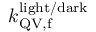
k _ { \mathrm { Q V , f } } ^ { \mathrm { l i g h t / d a r k } }